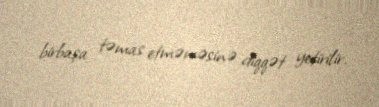
birbaşa təmas etməməsinə diqqət yetirilir.